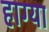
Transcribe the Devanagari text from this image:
हाग्या